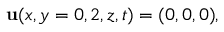
{ \bf u } ( x , y = 0 , 2 , z , t ) = ( 0 , 0 , 0 ) ,